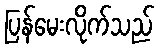
ပြန်မေးလိုက်သည်